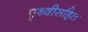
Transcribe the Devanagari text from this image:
पृथ्वीसहित